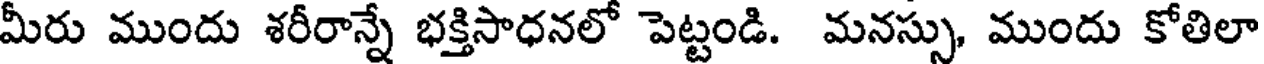
మీరు ముందు శరీరాన్నే భక్తిసాధనలో పెట్టండి. మనస్సు, ముందు కోతిలా